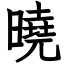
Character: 曉